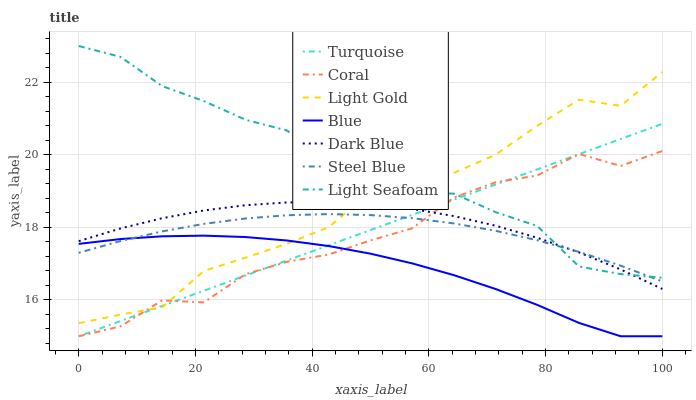
| xaxis_label | Turquoise | Coral | Light Gold | Blue | Dark Blue | Steel Blue | Light Seafoam |
 | --- | --- | --- | --- | --- | --- | --- | --- |
 | 0 | 15 | 15 | 15.4 | 17.5 | 17.6 | 17.3 | 23 |
 | 7.14 | 15.4 | 15.3 | 15.6 | 17.7 | 18 | 17.6 | 22.7 |
 | 14.3 | 15.8 | 16 | 15.8 | 17.8 | 18.3 | 17.9 | 21.9 |
 | 21.4 | 16.3 | 15.9 | 16.8 | 17.8 | 18.5 | 18.1 | 21.5 |
 | 28.6 | 16.7 | 16.7 | 17.2 | 17.7 | 18.6 | 18.2 | 21 |
 | 35.7 | 17.1 | 17.1 | 17.6 | 17.6 | 18.7 | 18.3 | 20.7 |
 | 42.9 | 17.5 | 17.3 | 18 | 17.5 | 18.7 | 18.4 | 19.8 |
 | 50 | 17.9 | 17.6 | 19 | 17.3 | 18.6 | 18.3 | 20 |
 | 57.1 | 18.3 | 18 | 18.7 | 17 | 18.5 | 18.3 | 19 |
 | 64.3 | 18.8 | 18.8 | 19.5 | 16.7 | 18.3 | 18.1 | 18.9 |
 | 71.4 | 19.2 | 19.2 | 20 | 16.3 | 18 | 17.9 | 18.4 |
 | 78.6 | 19.6 | 19.4 | 20.8 | 15.9 | 17.7 | 17.6 | 18 |
 | 85.7 | 20 | 20 | 21.5 | 15.4 | 17.3 | 17.3 | 16.9 |
 | 92.9 | 20.4 | 19.7 | 21.4 | 15 | 16.8 | 16.9 | 16.7 |
 | 100 | 20.9 | 20.1 | 22.3 | 15 | 16.3 | 16.5 | 16.6 |